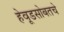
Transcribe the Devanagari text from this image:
हेवूडसोबतचे